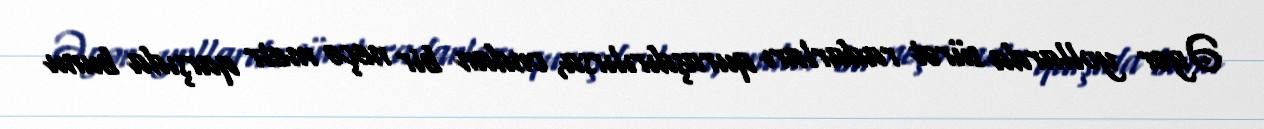
Əgər yollarda sürət radarları quraşdırılırsa, ondan bir neçə metr qarşıda bunu